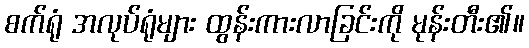
စက်ရုံ အလုပ်ရုံများ ထွန်းကားလာခြင်းကို မုန်းတီး၏။